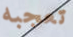
تعجبه